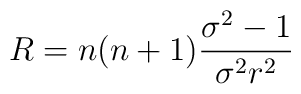
R=n(n+1)\frac{\sigma ^{2}-1}{\sigma ^{2}r^{2}}